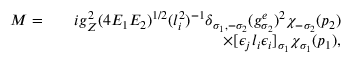
\begin{array} { r l r } { { \cal M } = } & { } & { i g _ { Z } ^ { 2 } ( 4 E _ { 1 } E _ { 2 } ) ^ { 1 / 2 } ( l _ { i } ^ { 2 } ) ^ { - 1 } \delta _ { \sigma _ { 1 } , - \sigma _ { 2 } } ( g _ { \sigma _ { 2 } } ^ { e } ) ^ { 2 } \chi _ { - \sigma _ { 2 } } ( p _ { 2 } ) } \\ & { } & { \times [ \epsilon _ { j } l _ { i } \epsilon _ { i } ] _ { \sigma _ { 1 } } \chi _ { \sigma _ { 1 } } ( p _ { 1 } ) , } \end{array}